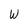
Character: W